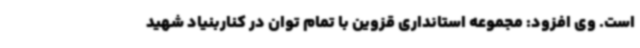
است. وی افزود: مجموعه استانداری قزوین با تمام توان در کناربنیاد شهید